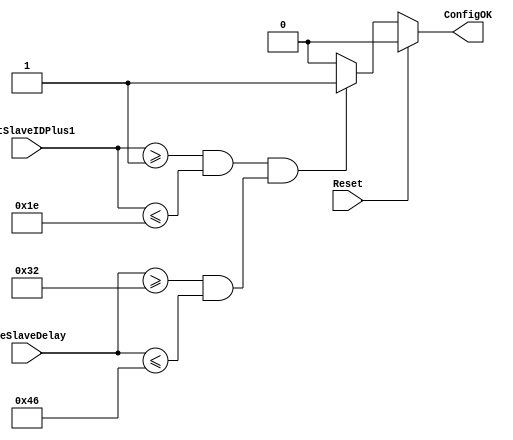
module ConfigCheck (Reset, LastSlaveIDPlus1, AveSlaveDelay, ConfigOK
);
input       Reset;
input [7:0] LastSlaveIDPlus1;
input [7:0] AveSlaveDelay;

output ConfigOK;

reg    ConfigOK;

always @ *
begin
   if(Reset)
      ConfigOK = 1'd0;
   else
   if ( (LastSlaveIDPlus1 >= 8'd1 & LastSlaveIDPlus1 <= 8'd30) & (AveSlaveDelay >= 8'd50 & AveSlaveDelay <= 8'd70) )
      ConfigOK = 1'd1;
   else
      ConfigOK = 1'd0;
end

endmodule